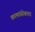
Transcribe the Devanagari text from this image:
कामांसोबतच